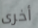
أخرى